Leaving Certificate Examination, 1911
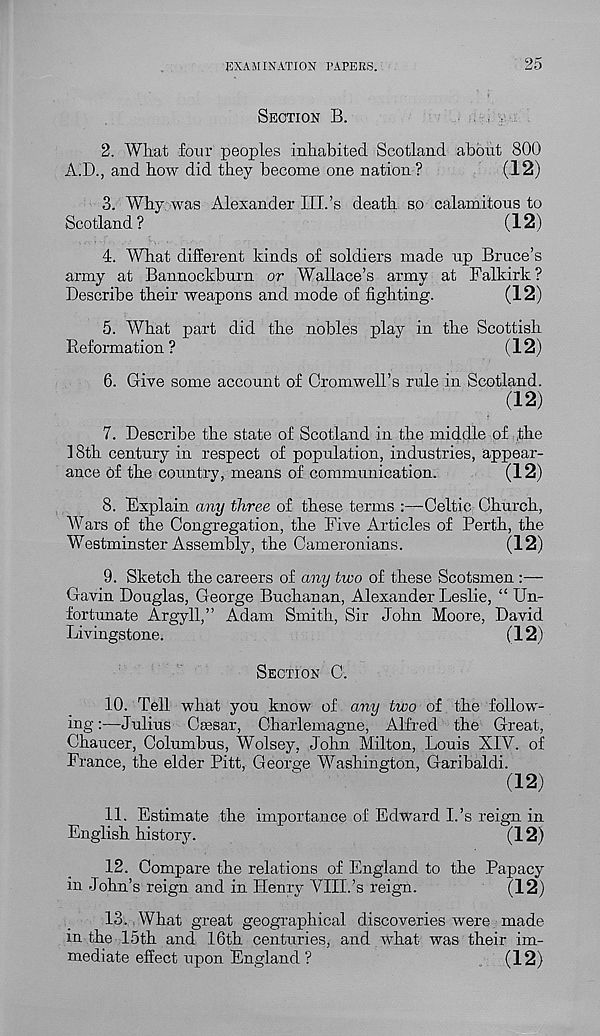
EXAMINATION PAPERS.
25
SECTION B.
2. Wlmt four peoples inhabited Scotland about 800
A.D., and how did they become one nation ?
(12)
3. Why was Alexander III.’s death so calamitous to
Scotland?
(12)
4. What different kinds of soldiers made up Bruce’s
army at Bannockburn or Wallace’s army at Falkirk?
Describe their weapons and mode of fighting.
(12)
5. What part did the nobles play in the Scottish
Reformation ?
(12)
6. Give some account of Cromwell’s rule in Scotland.
(12)
7. Describe the state of Scotland in the middle of the
18th century in respect of population, industries, appear-
ance of the country, means of communication.
(12)
8. Explain any three of these terms :—Celtic Church,
Wars of the Congregation, the Five Articles of Perth, the
Westminster Assembly, the Cameronians.
(12)
9. Sketch the careers of any two of these Scotsmen :—
Gavin Douglas, George Buchanan, Alexander Leslie, “ Un-
fortunate Argyll,” Adam Smith, Sir John Moore, David
Livingstone.
(12)
SECTION C.
10. Tell what you know of any two of the follow-
ing :—Julius Caesar, Charlemagne, Alfred the Great,
Chaucer, Columbus, Wolsey, John Milton, Louis XIV. of
France, the elder Pitt, George Washington, Garibaldi.
(12)
11. Estimate the importance of Edward I.’s reign in
English history.
(12)
12. Compare the relations of England to the Papacy
in John’s reign and in Henry VIII.’s reign.
(12)
13. What great geographical discoveries were made
m the 15th and 16th centuries, and what was their im-
mediate effect upon England ?
(12)